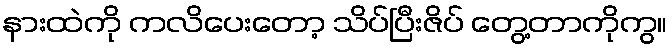
နားထဲကို ကလိပေးတော့ သိပ်ပြီးဇိပ် တွေ့တာကိုကွ။